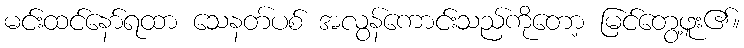
မင်းထင်နော်ရထာ သေနတ်ပစ် အလွန်ကောင်းသည်ကိုတော့ မြင်တွေ့ဖူး၏။